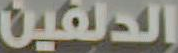
الدلفين